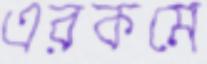
এরকমে